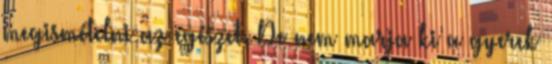
megismételni az egészet. De nem marja ki a gyerek